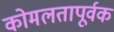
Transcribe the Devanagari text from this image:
कोमलतापूर्वक